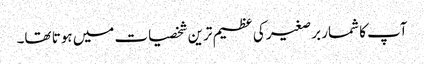
آپ کا شمار برصغیر کی عظیم ترین شخصیات میں ہوتا تھا۔